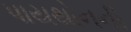
પાયથોનની